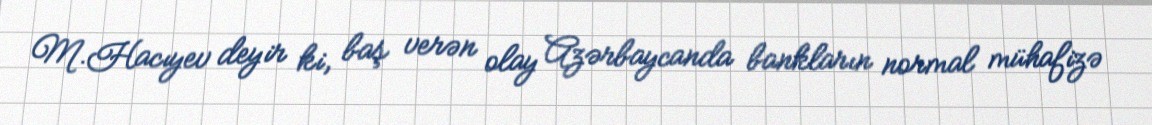
M.Hacıyev deyir ki, baş verən olay Azərbaycanda bankların normal mühafizə